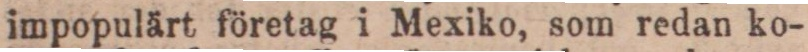
impopulärt företag i Mexiko, som redan ko-